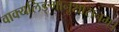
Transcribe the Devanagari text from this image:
वाक्यलिङ्गानुशासनम्।